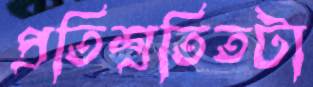
প্রতিশ্রতিতটা